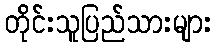
တိုင်းသူပြည်သားများ